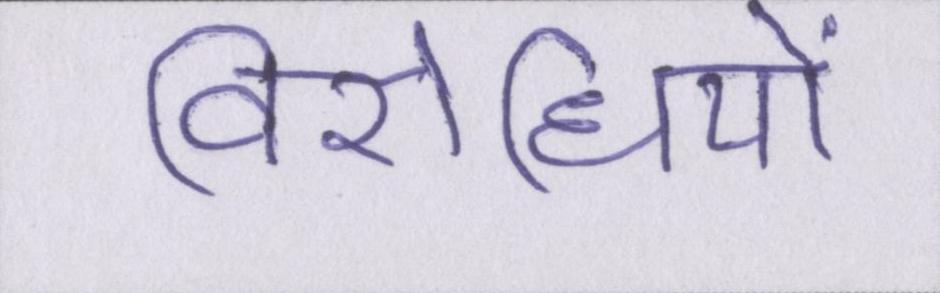
विरोधियों